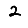
Digit: 2